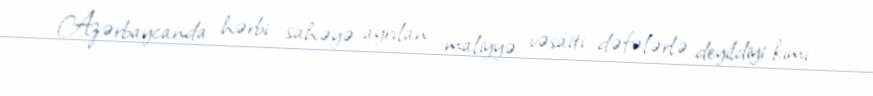
Azərbaycanda hərbi sahəyə ayrılan maliyyə vəsaiti dəfələrlə deyildiyi kimi